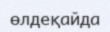
өлдеқайда